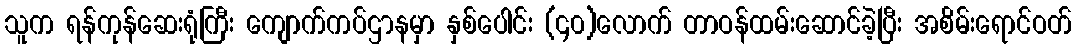
သူက ရန်ကုန်ဆေးရုံကြီး ကျောက်ကပ်ဌာနမှာ နှစ်ပေါင်း (၄၀)လောက် တာဝန်ထမ်းဆောင်ခဲ့ပြီး အစိမ်းရောင်ဝတ်